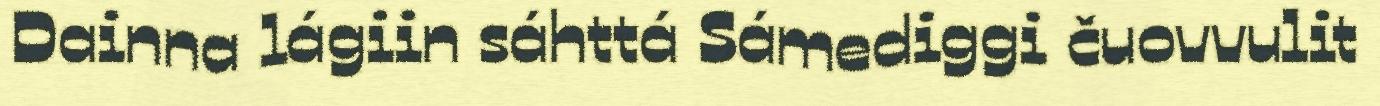
Dainna lágiin sáhttá Sámediggi čuovvulit